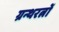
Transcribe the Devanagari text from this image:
ग्रन्थरत्नों